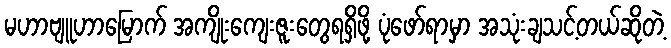
မဟာဗျူဟာမြောက် အကျိုးကျေးဇူးတွေရရှိဖို့ ပုံဖော်ရာမှာ အသုံးချသင့်တယ်ဆိုတဲ့